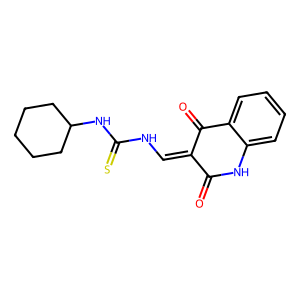
SMILES: O=C1Nc2ccccc2C(=O)C1=CNC(=S)NC1CCCCC1
Inhibits HIV replication: No